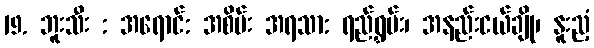
19. ဘူးသီး : အရောင်: အစိမ်း အရသာ: ရည်ရွှမ်း၊ အနည်းငယ်ချို၊ နူးညံ့